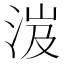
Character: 𣵵